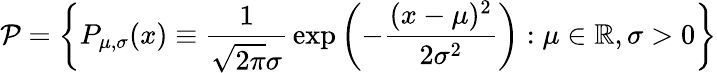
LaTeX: {\mathcal{P}}=\left\{ P_{\mu,\sigma}(x)\equiv{\frac{1}{{\sqrt{2\pi}}\sigma}}\exp\left(-{\frac{(x-\mu)^{2}}{2\sigma^{2}}}\right):\mu\in\mathbb{R},\sigma>0\right\}